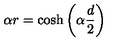
\alpha r = \cosh \left( \alpha \frac { d } { 2 } \right)